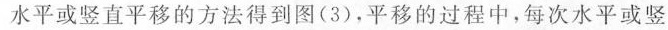
水平或竖直平移的方法得到图(3)，平移的过程中，每次水平或竖